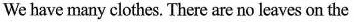
We have many clothes. There are no leaves on the